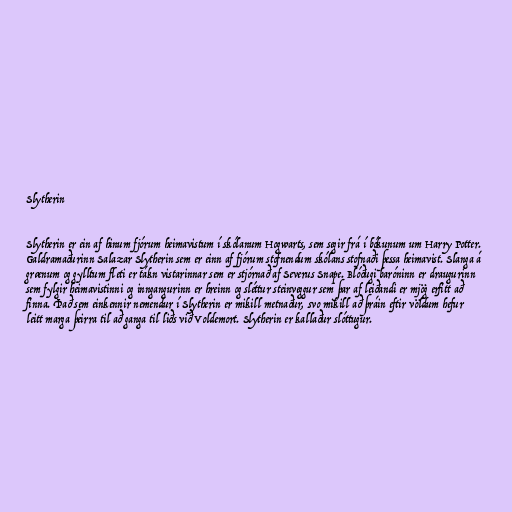
Slytherin

Slytherin er ein af hinum fjórum heimavistum í skólanum Hogwarts, sem segir frá í bókunum um Harry Potter.
Galdramaðurinn Salazar Slytherin sem er einn af fjórum stofnendum skólans stofnaði þessa heimavist. Slanga á
grænum og gylltum fleti er tákn vistarinnar sem er stjórnað af Severus Snape. Blóðugi baróninn er draugurinn
sem fylgir heimavistinni og inngangurinn er hreinn og sléttur steinveggur sem þar af leiðandi er mjög erfitt að
finna. Það sem einkennir nemendur í Slytherin er mikill metnaður, svo mikill að þráin eftir völdum hefur
leitt marga þeirra til að ganga til liðs við Voldemort. Slytherin er kallaður slóttugur.